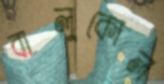
বালুকোল